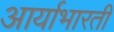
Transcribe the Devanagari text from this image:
आर्याभारती